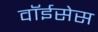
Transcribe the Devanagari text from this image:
वॉईसेस